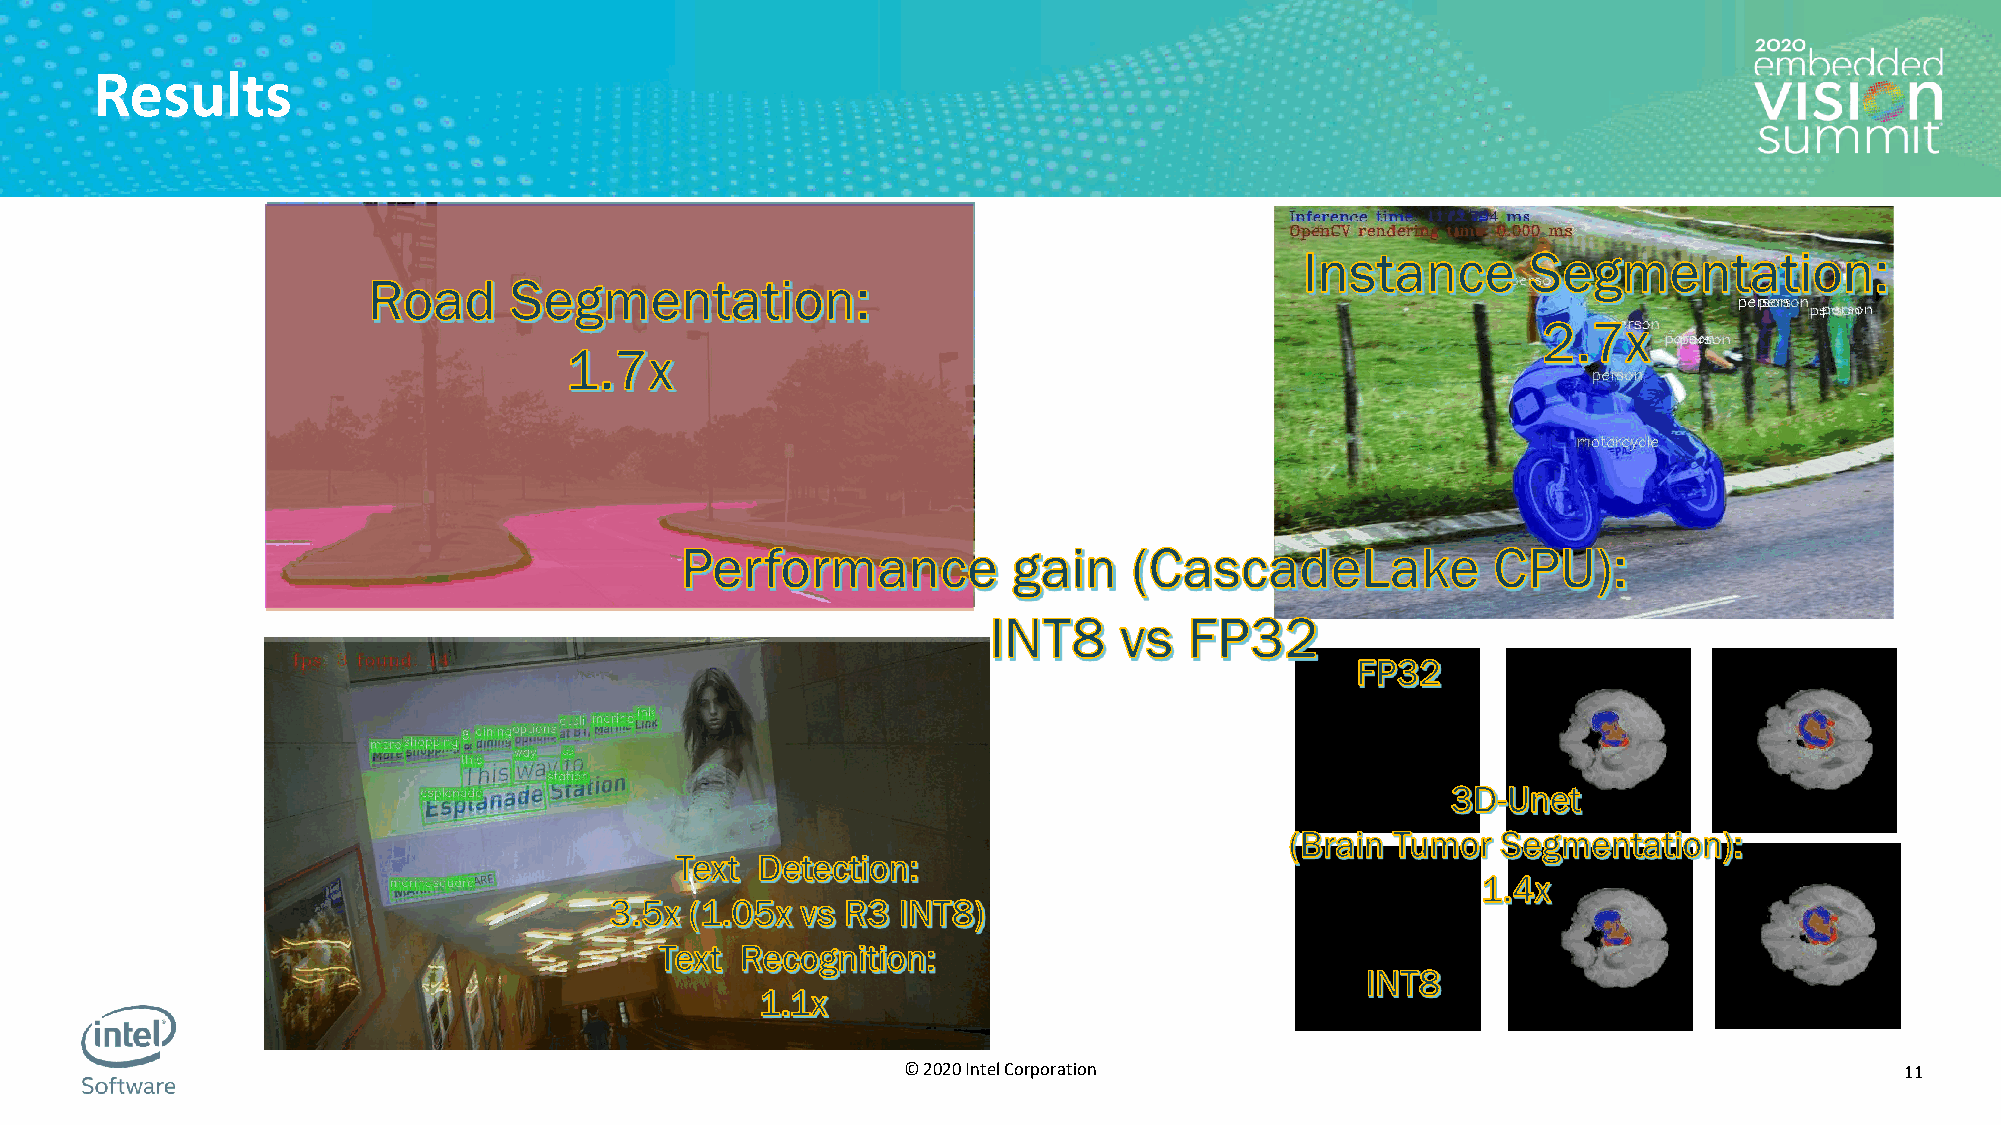
Results
 10
 © 2020 Intel Corporation                                          11